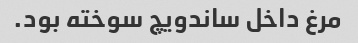
مرغ داخل ساندویچ سوخته بود.